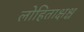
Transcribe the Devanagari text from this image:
लोहिताक्षश्च